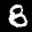
Label: 8